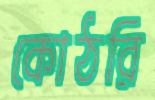
কোঠরি